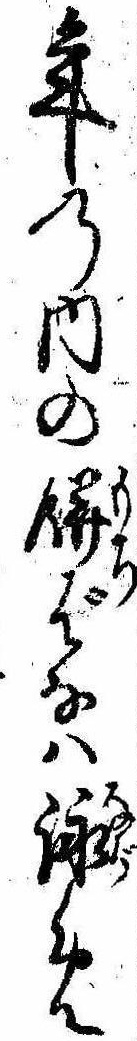
年の内の餅ばなは詠め